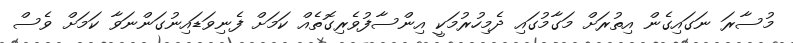
މުސާރަ ނަގައިގެން އިތުރަށް މަގާމުގައި ދެމިހުރުމަކީ އިންސާފުވެރިގޮތެއް ކަމަށް ފެނިވަޑައިނުގަންނަވާ ކަމަށް ވެސް